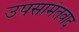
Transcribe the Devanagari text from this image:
उपसामंतवाद